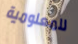
للمعلومية